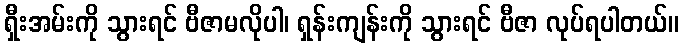
ရှီးအမ်းကို သွားရင် ဗီဇာမလိုပါ၊ ရှန်းကျန်းကို သွားရင် ဗီဇာ လုပ်ရပါတယ်။